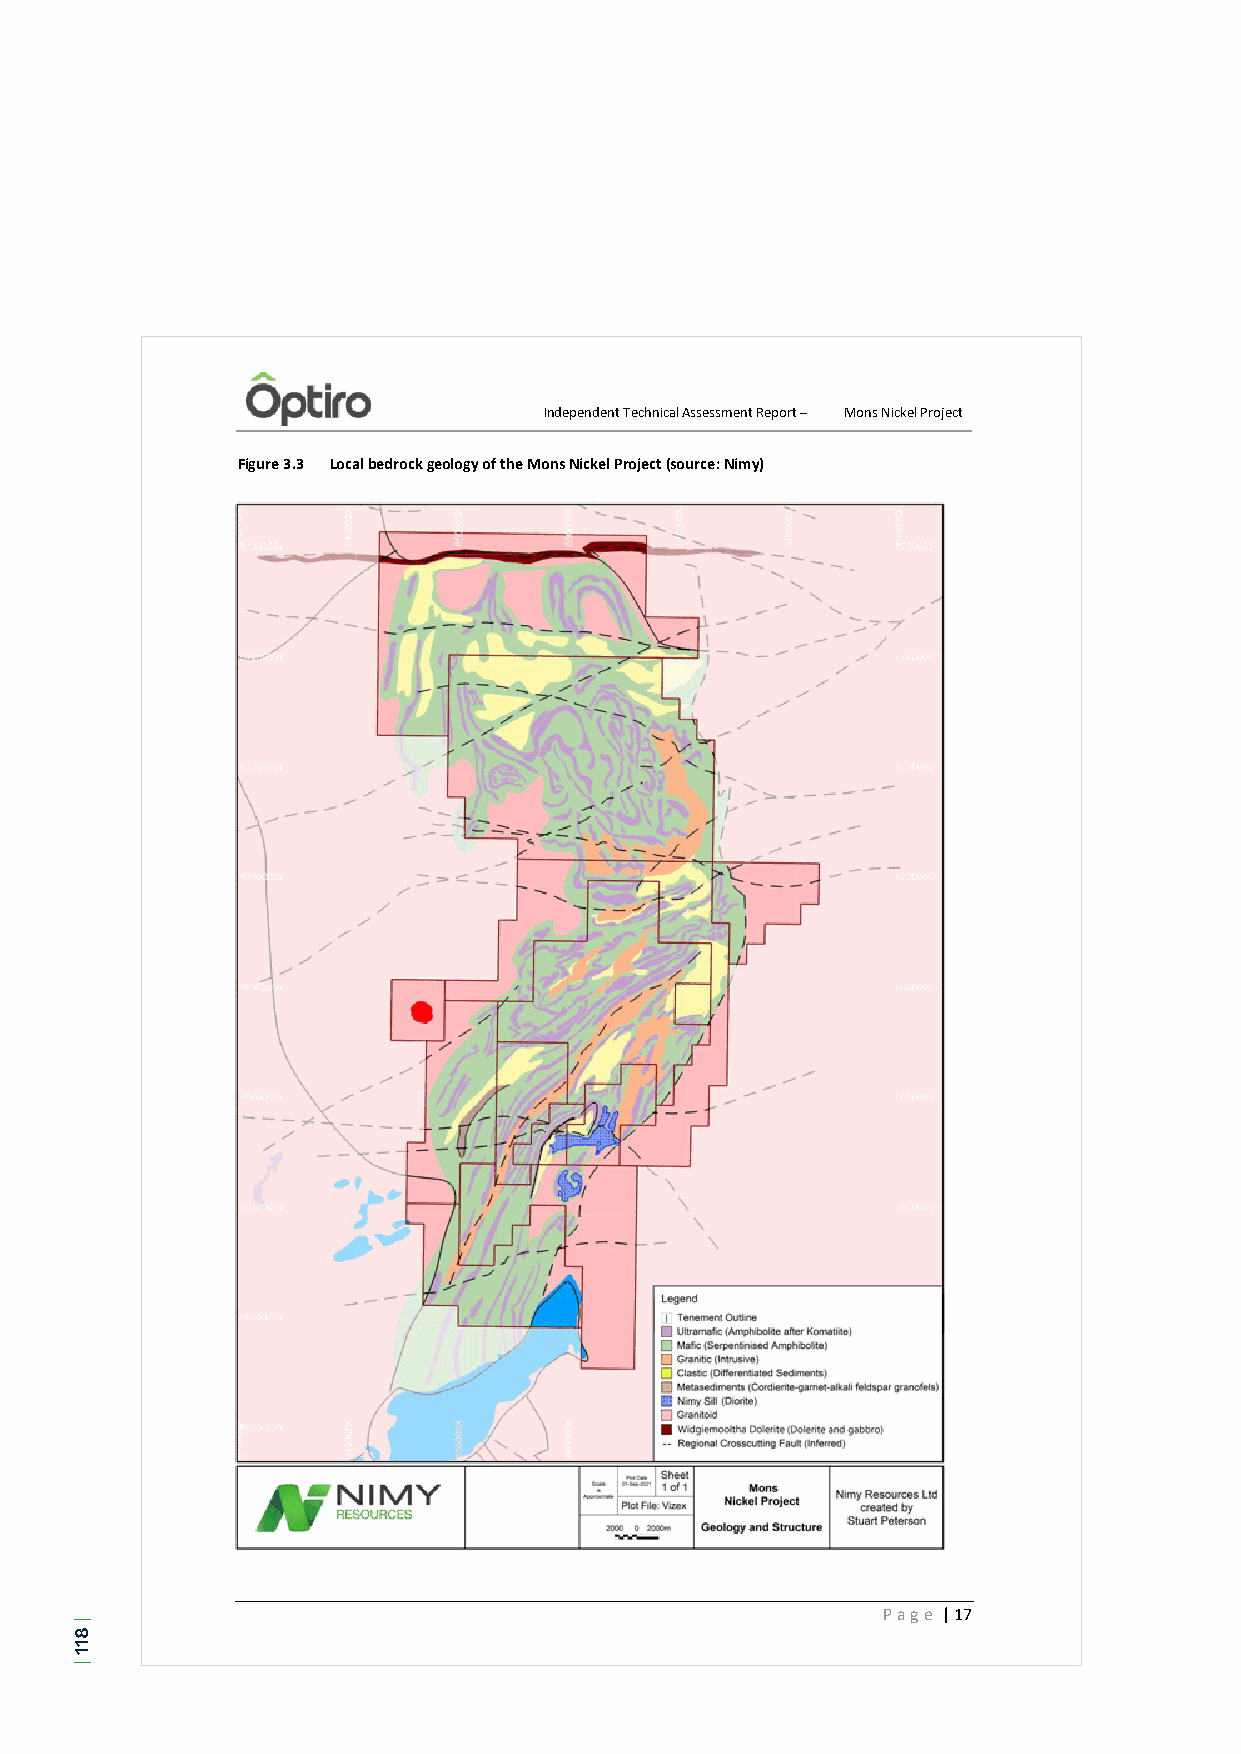
Independent Technical Assessment Report – Mons Nickel Project
 Figure 3.3 Local bedrock geology of the Mons Nickel Project (source: Nimy)
 Page | 17
 |
 811
 |